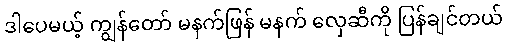
ဒါပေမယ့် ကျွန်တော် မနက်ဖြန် မနက် လှေဆီကို ပြန်ချင်တယ်